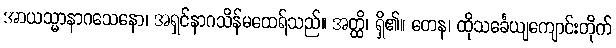
အာယသ္မာနာဂသေနော၊ အရှင်နာဂသိန်မထေရ်သည်။ အတ္ထိ၊ ရှိ၏။ တေန၊ ထိုသင်္ခေယျကျောင်းတိုက်